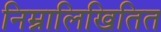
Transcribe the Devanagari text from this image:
निम्नालिखितित